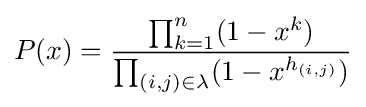
P(x)={\frac {\prod _{k=1}^{n}(1-x^{k})}{\prod _{(i,j)\in \lambda }(1-x^{h_{(i,j)}})}}